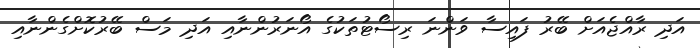
އަދި ރާއްޖެއަށް ބޭރު ފައިސާ ވަންނަ ރިސޯޓުތަކުގެ އޯނަރުންނާއި އަދި މަސް ބޭރުކޮށްގެންނާއި